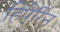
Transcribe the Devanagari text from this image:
हिपेरिन